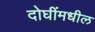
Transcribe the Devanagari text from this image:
दोघींमधील